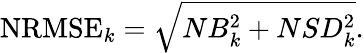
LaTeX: \mathrm{NRMSE}_{k}=\sqrt{NB_{k}^{2}+NSD_{k}^{2}}.